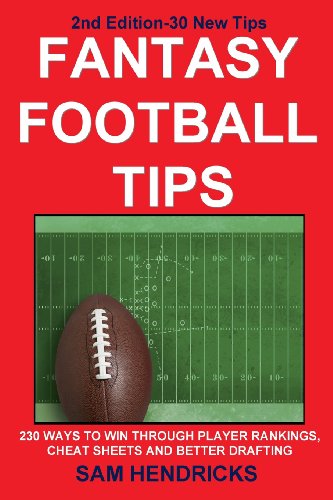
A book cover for Fantasy Football Tips: 230 Ways to Win Through Player Rankings, Cheat Sheets and Better Drafting; Sam Hendricks; Humor & Entertainment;